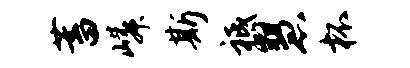
蓄嶙斯祗慧杯